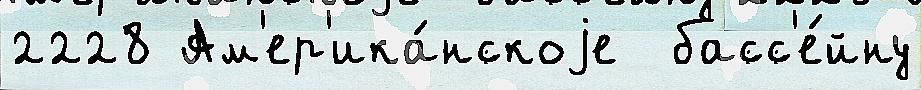
2228 Ам'ер'ика́нскоjе  басс'е́йну